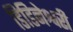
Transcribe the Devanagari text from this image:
डिडिनेश्वरी